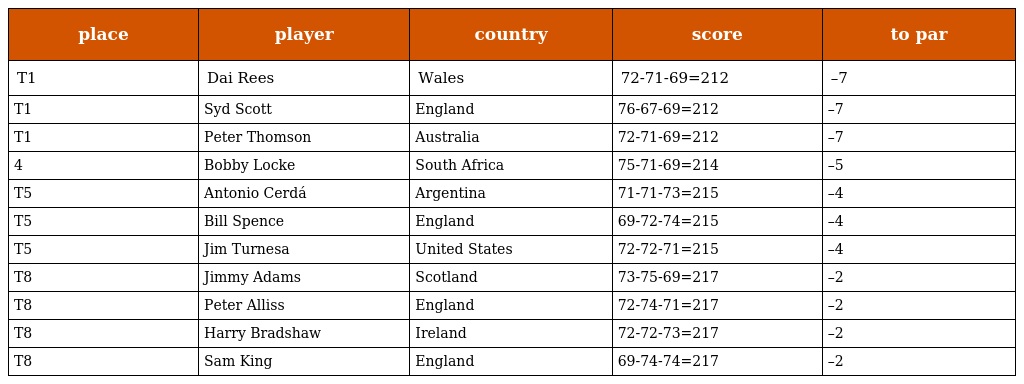
| place | player | country | score | to par |
 | --- | --- | --- | --- | --- |
 | T1 | Dai Rees | Wales | 72-71-69=212 | –7 |
 | T1 | Syd Scott | England | 76-67-69=212 | –7 |
 | T1 | Peter Thomson | Australia | 72-71-69=212 | –7 |
 | 4 | Bobby Locke | South Africa | 75-71-69=214 | –5 |
 | T5 | Antonio Cerdá | Argentina | 71-71-73=215 | –4 |
 | T5 | Bill Spence | England | 69-72-74=215 | –4 |
 | T5 | Jim Turnesa | United States | 72-72-71=215 | –4 |
 | T8 | Jimmy Adams | Scotland | 73-75-69=217 | –2 |
 | T8 | Peter Alliss | England | 72-74-71=217 | –2 |
 | T8 | Harry Bradshaw | Ireland | 72-72-73=217 | –2 |
 | T8 | Sam King | England | 69-74-74=217 | –2 |